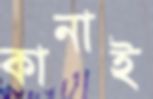
কানাই